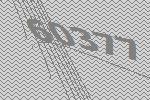
60377